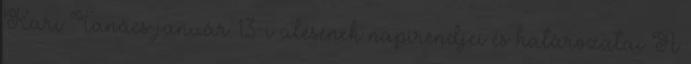
Kari Tanács január 13-i ülésének napirendjei és határozatai A